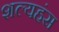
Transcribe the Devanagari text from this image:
शल्यहंस